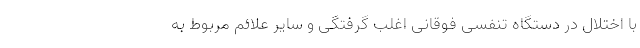
با اختلال در دستگاه تنفسی فوقانی اغلب گرفتگی و سایر علائم مربوط به